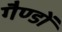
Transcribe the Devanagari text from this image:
गैण्डों